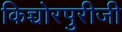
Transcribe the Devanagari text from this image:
किच्चोरपुरीजी